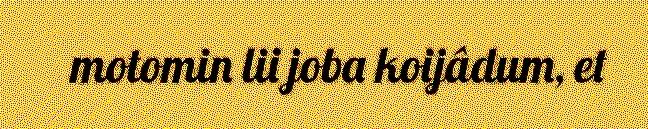
motomin lii joba koijâdum, et